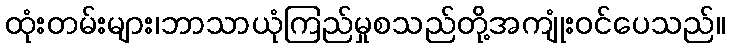
ထုံးတမ်းများ၊ဘာသာယုံကြည်မှုစသည်တို့အကျုံးဝင်ပေသည်။